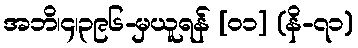
အဘိ၊၄၊၃၉၆-မှယူရန် [၀၁] (နိ-၇၁)